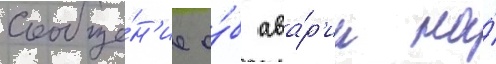
сообще́н'ие о́б ава́р'ии на́